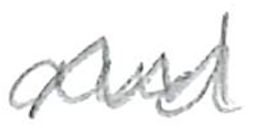
Text: and
Cross-out: zig-zag
Writing tool: pencil